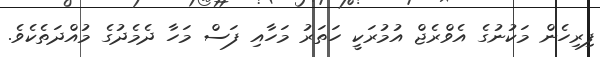
ފިރިހެން މަކުނުގެ އެވްރެޖް އުމުރަކީ ހަތަރު މަހާއި ފަސް މަހާ ދެމެދުގެ މުއްދަތެކެވެ.